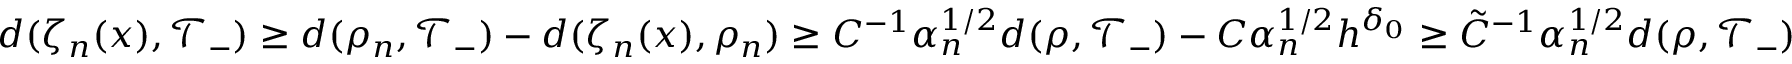
d ( \zeta _ { n } ( x ) , \mathcal { T } _ { - } ) \geq d ( \rho _ { n } , \mathcal { T } _ { - } ) - d ( \zeta _ { n } ( x ) , \rho _ { n } ) \geq C ^ { - 1 } \alpha _ { n } ^ { 1 / 2 } d ( \rho , \mathcal { T } _ { - } ) - C \alpha _ { n } ^ { 1 / 2 } h ^ { \delta _ { 0 } } \geq \tilde { C } ^ { - 1 } \alpha _ { n } ^ { 1 / 2 } d ( \rho , \mathcal { T } _ { - } )